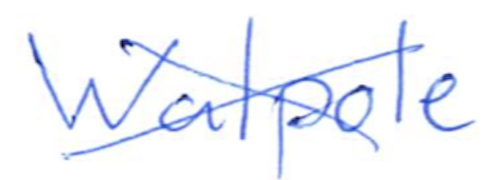
Text: Walpole
Cross-out: cross
Writing tool: ballpoint